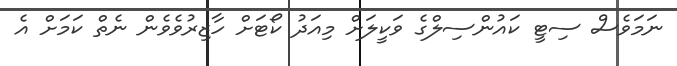
ނަމަވެސް ސިޓީ ކައުންސިލްގެ ވަކީލަށް މިއަދު ކޯޓަށް ހާޒިރުވެވެން ނެތް ކަމަށް އެ